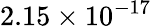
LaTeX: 2.15\times 10^{-17}